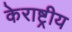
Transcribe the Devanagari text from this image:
केराष्ट्रीय